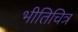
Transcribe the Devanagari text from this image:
भीतिचित्र